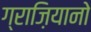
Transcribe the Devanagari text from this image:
ग्राज़ियानो